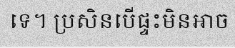
ទេ។ ប្រសិនបើផ្ទះមិនអាច